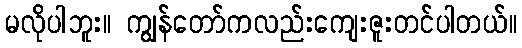
မလိုပါဘူး။ ကျွန်တော်ကလည်းကျေးဇူးတင်ပါတယ်။